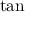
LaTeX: \tan